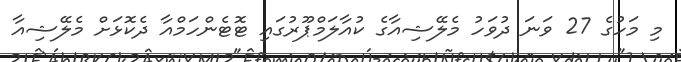
މި މަހުގެ 27 ވަނަ ދުވަހު މެލޭޝިއާގެ ކުއާލަމްޕޫރުގައި ޓޮޓެންހަމްއާ ދެކޮޅަށް މެލޭޝިއާ